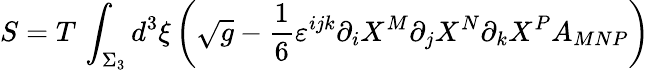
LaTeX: S=T\, \int_{\Sigma_{3}}d^{3}\xi\left(\sqrt{g}-\frac{1}{6}\varepsilon^{ijk}\partial_{i}X^{M}\partial_{j}X^{N}\partial_{k}X^{P}A_{MNP}\right)